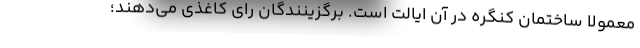
معمولا ساختمان کنگره در آن ایالت است. برگزینندگان رای کاغذی می‌دهند؛